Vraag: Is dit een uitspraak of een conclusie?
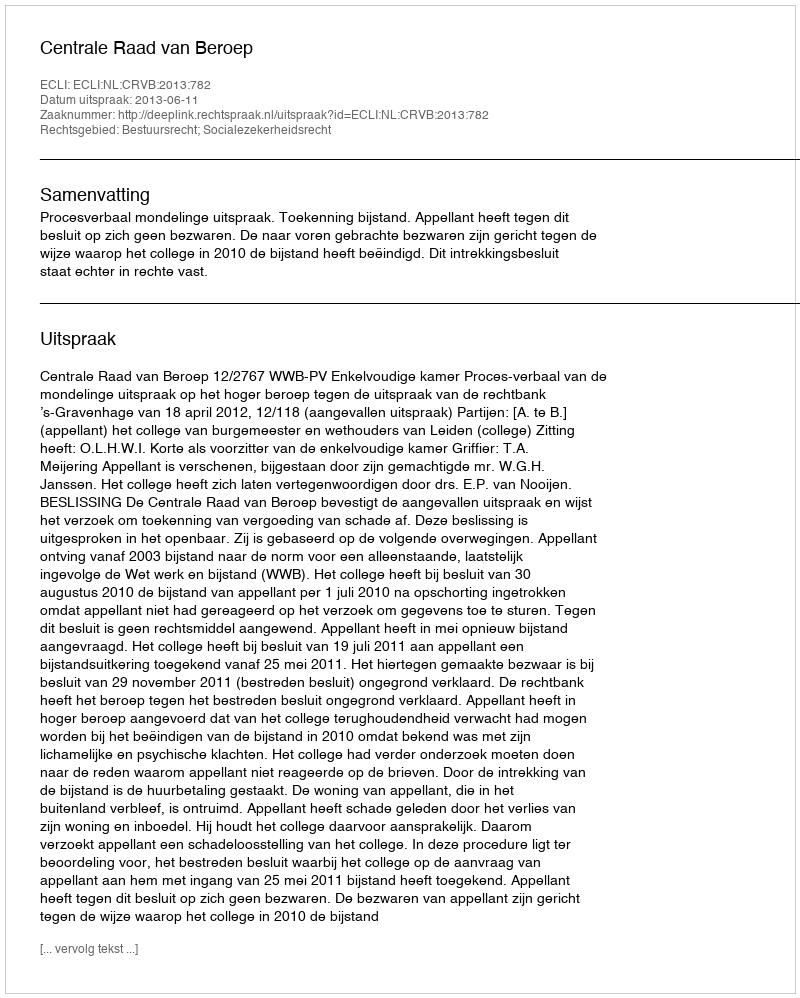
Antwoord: Uitspraak